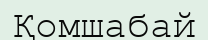
Қомшабай